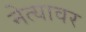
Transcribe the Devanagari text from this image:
नेत्यावर